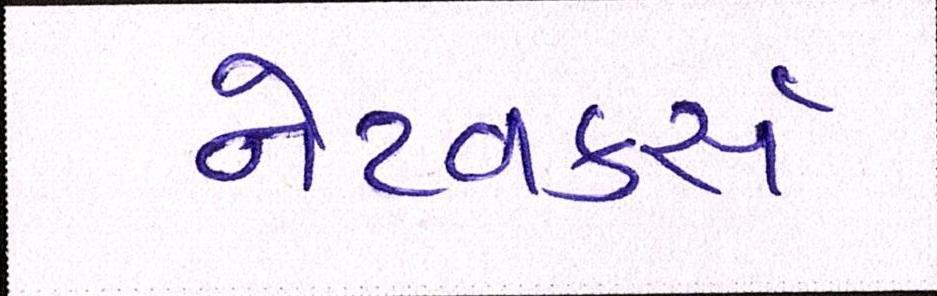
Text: નેટવર્ક્સ